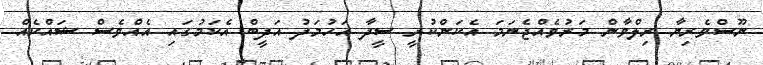
ނޫސްވެރިޔާ ރިލްވާން މަރުވެއްޖެނަމަ އެކަންކުރީ ސީދާ އަހުމަދު އަދީބް އެކަމުގައި އެއްވެސް ޝައްކެއް